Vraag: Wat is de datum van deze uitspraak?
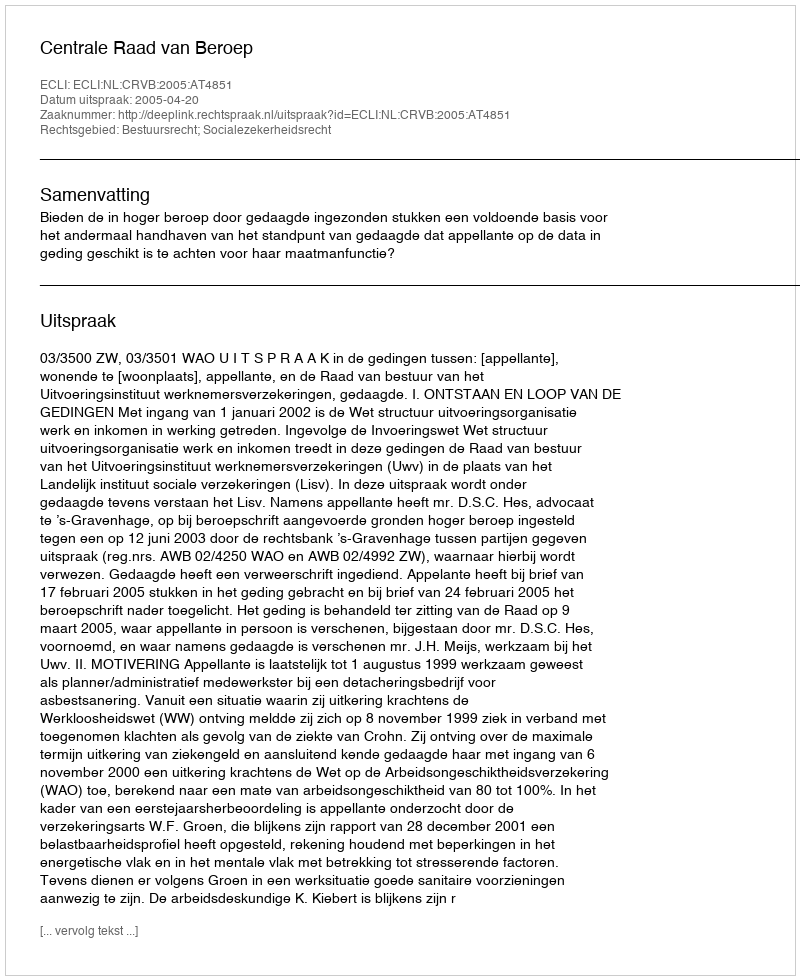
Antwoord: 2005-04-20